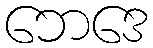
ဘေဒေ